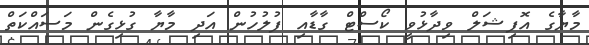
މާޔާގެ އޮފިޝަލް ވިދާޅުވީ ކޯސްޓް ގާޑާއި ފުލުހުން އަދި މާޔާ ގުޅިގެން މަސައްކަތް